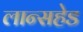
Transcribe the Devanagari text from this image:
लान्सहेड